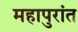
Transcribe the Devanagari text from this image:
महापुरांत